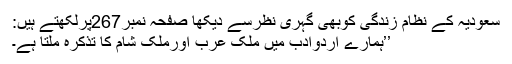
سعودیہ کے نظامِ زندگی کوبھی گہری نظرسے دیکھا صفحہ نمبر267پرلکھتے ہیں:
’’ہمارے اردوادب میں ملکِ عرب اورملکِ شام کا تذکرہ ملتا ہے۔